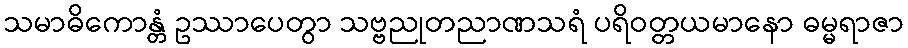
သမာဓိကောန္တံ ဥဿာပေတွာ သဗ္ဗညုတညာဏသရံ ပရိဝတ္တယမာနော ဓမ္မရာဇာ